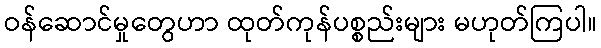
ဝန်ဆောင်မှုတွေဟာ ထုတ်ကုန်ပစ္စည်းများ မဟုတ်ကြပါ။